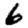
Digit: 6